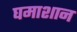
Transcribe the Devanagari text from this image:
घमाशान